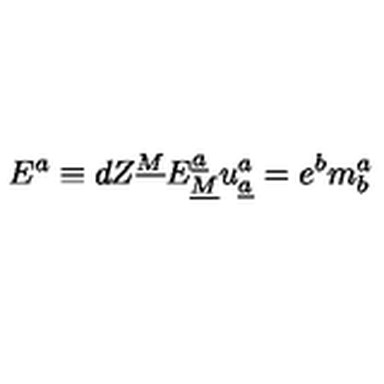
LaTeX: E ^ { a } \equiv d Z ^ { \underline { { M } } } E _ { \underline { { M } } } ^ { \underline { { a } } } u _ { \underline { { a } } } ^ { a } = e ^ { b } m _ { b } ^ { a } \qquad